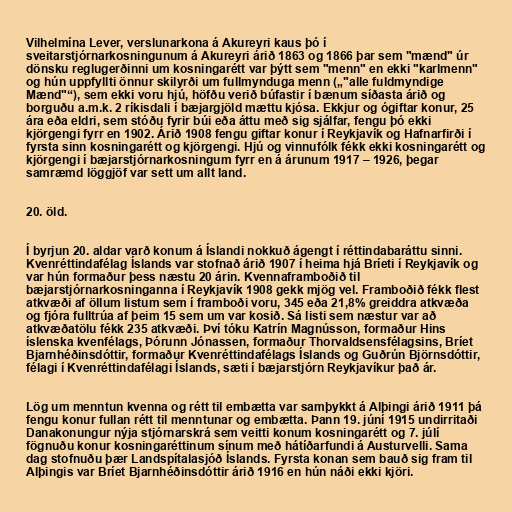
Vilhelmína Lever, verslunarkona á Akureyri kaus þó í
sveitarstjórnarkosningunum á Akureyri árið 1863 og 1866 þar sem "mænd" úr
dönsku reglugerðinni um kosningarétt var þýtt sem "menn" en ekki "karlmenn"
og hún uppfyllti önnur skilyrði um fullmynduga menn („"alle fuldmyndige
Mænd"“), sem ekki voru hjú, höfðu verið búfastir í bænum síðasta árið og
borguðu a.m.k. 2 ríkisdali í bæjargjöld mættu kjósa. Ekkjur og ógiftar konur, 25
ára eða eldri, sem stóðu fyrir búi eða áttu með sig sjálfar, fengu þó ekki
kjörgengi fyrr en 1902. Árið 1908 fengu giftar konur í Reykjavík og Hafnarfirði í
fyrsta sinn kosningarétt og kjörgengi. Hjú og vinnufólk fékk ekki kosningarétt og
kjörgengi í bæjarstjórnarkosningum fyrr en á árunum 1917 – 1926, þegar
samræmd löggjöf var sett um allt land.

20. öld.

Í byrjun 20. aldar varð konum á Íslandi nokkuð ágengt í réttindabaráttu sinni.
Kvenréttindafélag Íslands var stofnað árið 1907 í heima hjá Bríeti í Reykjavík og
var hún formaður þess næstu 20 árin. Kvennaframboðið til
bæjarstjórnarkosninganna í Reykjavík 1908 gekk mjög vel. Framboðið fékk flest
atkvæði af öllum listum sem í framboði voru, 345 eða 21,8% greiddra atkvæða
og fjóra fulltrúa af þeim 15 sem um var kosið. Sá listi sem næstur var að
atkvæðatölu fékk 235 atkvæði. Því tóku Katrín Magnússon, formaður Hins
íslenska kvenfélags, Þórunn Jónassen, formaður Thorvaldsensfélagsins, Bríet
Bjarnhéðinsdóttir, formaður Kvenréttindafélags Íslands og Guðrún Björnsdóttir,
félagi í Kvenréttindafélagi Íslands, sæti í bæjarstjórn Reykjavíkur það ár.

Lög um menntun kvenna og rétt til embætta var samþykkt á Alþingi árið 1911 þá
fengu konur fullan rétt til menntunar og embætta. Þann 19. júní 1915 undirritaði
Danakonungur nýja stjórnarskrá sem veitti konum kosningarétt og 7. júlí
fögnuðu konur kosningaréttinum sínum með hátíðarfundi á Austurvelli. Sama
dag stofnuðu þær Landspítalasjóð Íslands. Fyrsta konan sem bauð sig fram til
Alþingis var Bríet Bjarnhéðinsdóttir árið 1916 en hún náði ekki kjöri.